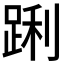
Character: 𮛝